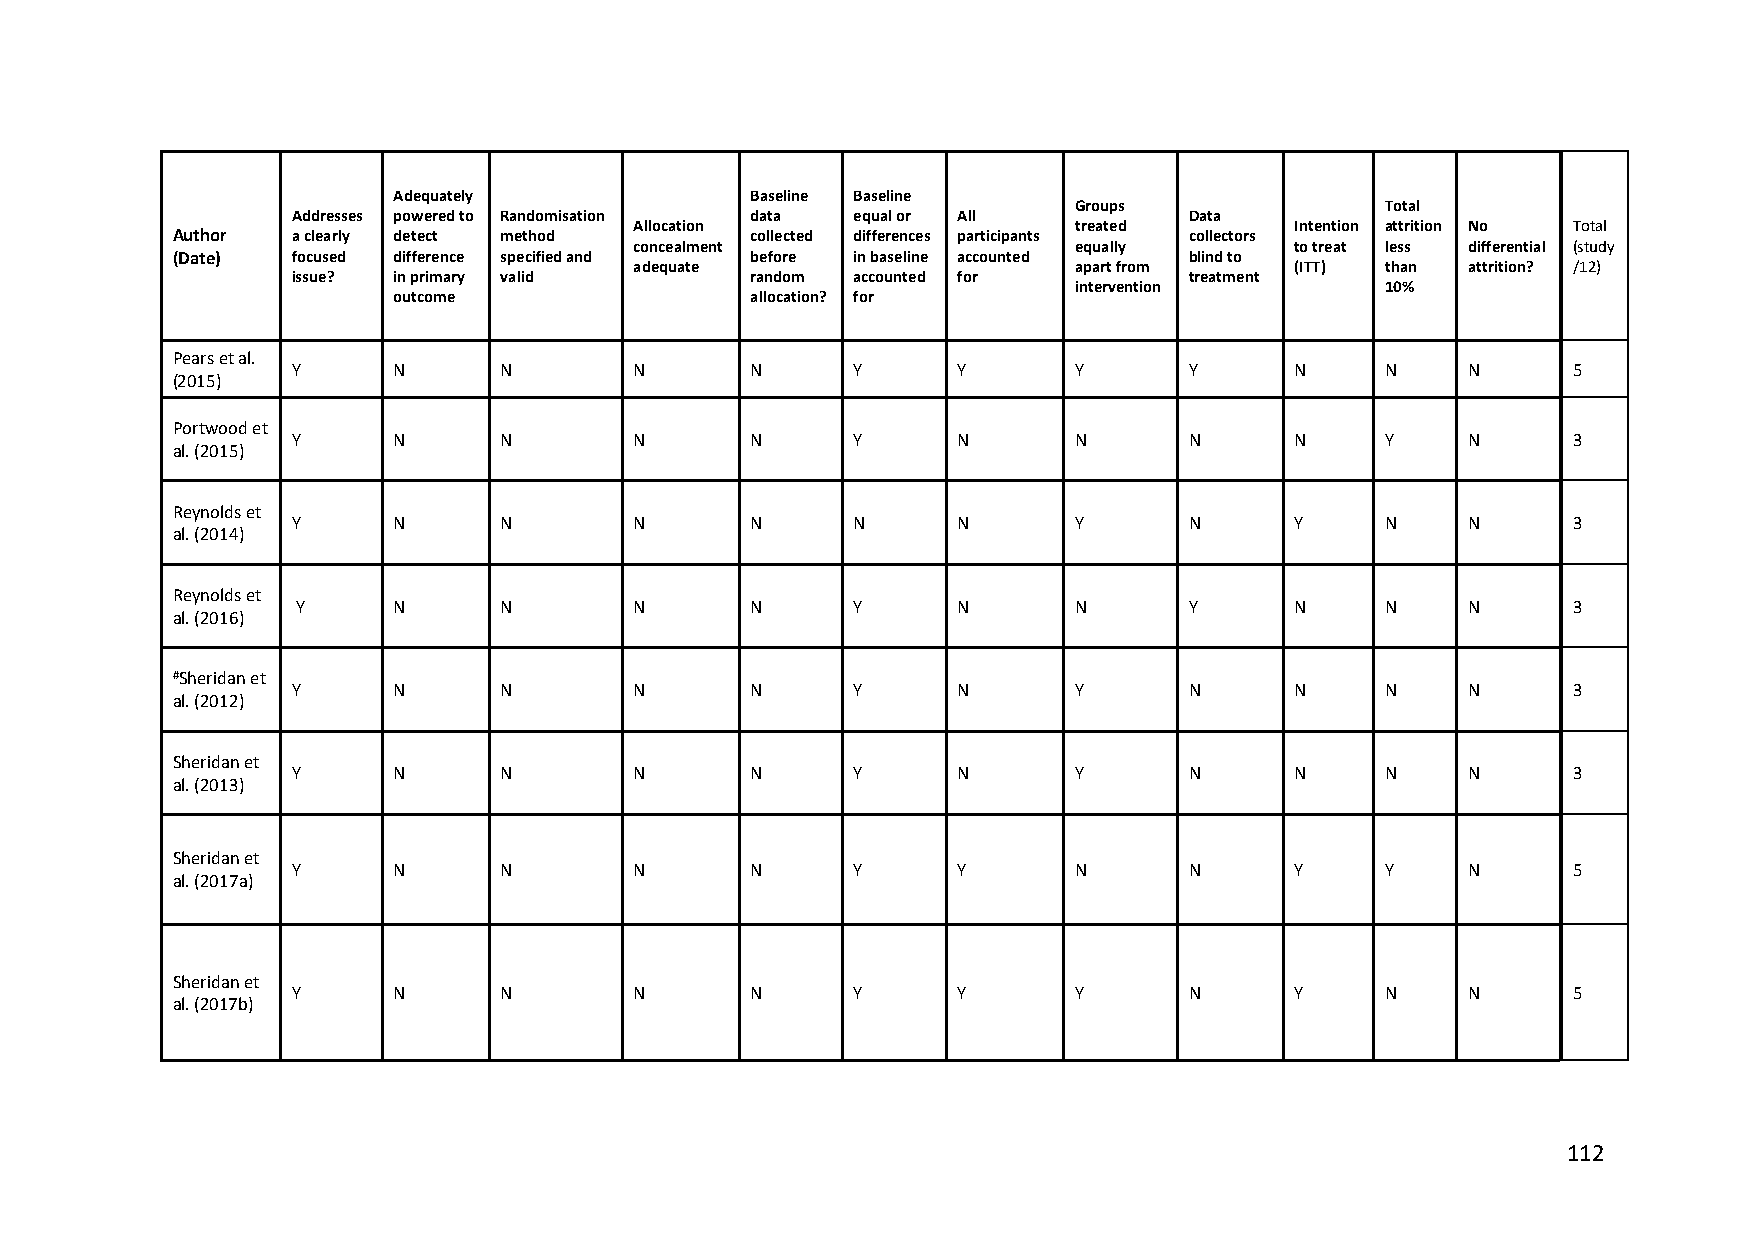
Adequately              Baseline Baseline
 Groups               Total
 Addresses powered to Randomisation data equal or All        Data
 Allocation                   treated        Intention attrition No Total
 Author  a clearly detect method        collected differences participants collectors
 concealment                  equally        to treat less differential (study
 (Date)  focused difference specified and before in baseline accounted blind to
 adequate                     apart from     (ITT) than attrition? /12)
 issue? in primary valid        random accounted for         treatment
 intervention         10%
 outcome                 allocation? for
 Pears et al.
 Y      N      N        N       N     Y      Y       Y       Y      N     N    N      5
 (2015)
 Portwood et
 Y      N      N        N       N     Y      N       N       N      N     Y    N      3
 al. (2015)
 Reynolds et
 Y      N      N        N       N     N      N       Y       N      Y     N    N      3
 al. (2014)
 Reynolds et
 Y     N      N        N       N     Y      N       N       Y      N     N    N      3
 al. (2016)
 #Sheridan et
 Y      N      N        N       N     Y      N       Y       N      N     N    N      3
 al. (2012)
 Sheridan et
 Y      N      N        N       N     Y      N       Y       N      N     N    N      3
 al. (2013)
 Sheridan et
 Y      N      N        N       N     Y      Y       N       N      Y     Y    N      5
 al. (2017a)
 Sheridan et
 Y      N      N        N       N     Y      Y       Y       N      Y     N    N      5
 al. (2017b)
 112